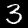
Digit: 3